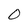
Character: 0